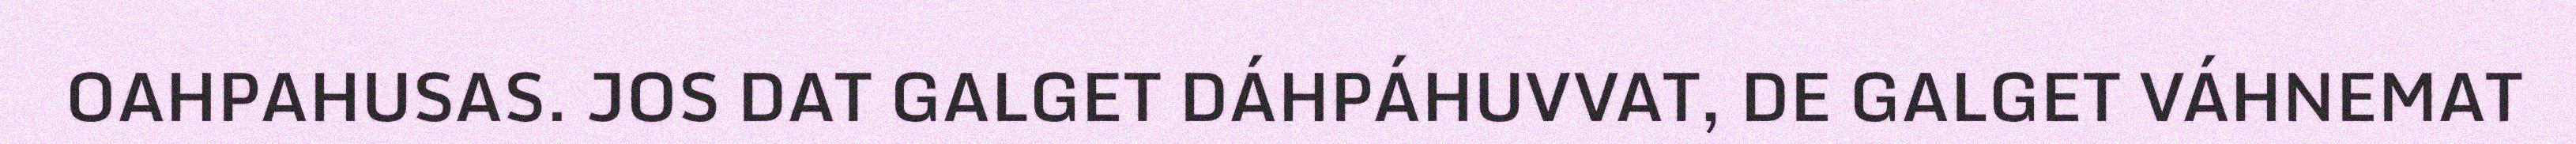
OAHPAHUSAS. JOS DAT GALGET DÁHPÁHUVVAT, DE GALGET VÁHNEMAT